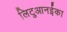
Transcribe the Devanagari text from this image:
लिटुआनईका